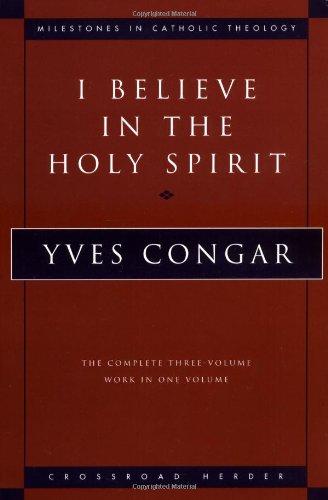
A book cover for I Believe in the Holy Spirit: The Complete Three Volume Work in One Volume (Milestones in Catholic Theology); Yves Congar; Christian Books & Bibles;